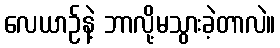
လေယာဉ်နဲ့ ဘာလို့မသွားခဲ့တာလဲ။